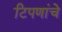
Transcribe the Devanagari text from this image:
टिपणांचे